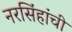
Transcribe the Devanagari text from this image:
नरसिंहांची